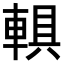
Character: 𨍄